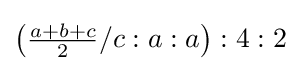
\left({\tfrac {a+b+c}{2}}/c:a:a\right):4:2